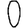
Digit: 0